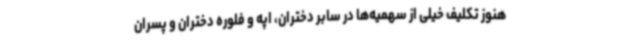
هنوز تکلیف خیلی از سهمیه‌ها در سابر دختران، اپه و فلوره دختران و پسران